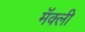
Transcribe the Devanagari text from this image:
मॅक्ली